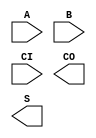
`default_nettype none

(* blackbox *) module gf180mcu_fd_sc_mcu7t5v0__addf_1(input A, B, CI, output CO, S); endmodule
(* blackbox *) module gf180mcu_fd_sc_mcu7t5v0__addf_2(input A, B, CI, output CO, S); endmodule
(* blackbox *) module gf180mcu_fd_sc_mcu7t5v0__addf_4(input A, B, CI, output CO, S); endmodule
(* blackbox *) module gf180mcu_fd_sc_mcu7t5v0__addh_1(input A, B, output CO, S); endmodule
(* blackbox *) module gf180mcu_fd_sc_mcu7t5v0__addh_2(input A, B, output CO, S); endmodule
(* blackbox *) module gf180mcu_fd_sc_mcu7t5v0__addh_4(input A, B, output CO, S); endmodule
(* blackbox *) module gf180mcu_fd_sc_mcu7t5v0__and2_1(input A1, A2, output Z); endmodule
(* blackbox *) module gf180mcu_fd_sc_mcu7t5v0__and2_2(input A1, A2, output Z); endmodule
(* blackbox *) module gf180mcu_fd_sc_mcu7t5v0__and2_4(input A1, A2, output Z); endmodule
(* blackbox *) module gf180mcu_fd_sc_mcu7t5v0__and3_1(input A1, A2, A3, output Z); endmodule
(* blackbox *) module gf180mcu_fd_sc_mcu7t5v0__and3_2(input A1, A2, A3, output Z); endmodule
(* blackbox *) module gf180mcu_fd_sc_mcu7t5v0__and3_4(input A1, A2, A3, output Z); endmodule
(* blackbox *) module gf180mcu_fd_sc_mcu7t5v0__and4_1(input A1, A2, A3, A4, output Z); endmodule
(* blackbox *) module gf180mcu_fd_sc_mcu7t5v0__and4_2(input A1, A2, A3, A4, output Z); endmodule
(* blackbox *) module gf180mcu_fd_sc_mcu7t5v0__and4_4(input A1, A2, A3, A4, output Z); endmodule
(* blackbox *) module gf180mcu_fd_sc_mcu7t5v0__antenna(input I); endmodule
(* blackbox *) module gf180mcu_fd_sc_mcu7t5v0__aoi21_1(input A1, A2, B, output ZN); endmodule
(* blackbox *) module gf180mcu_fd_sc_mcu7t5v0__aoi21_2(input A1, A2, B, output ZN); endmodule
(* blackbox *) module gf180mcu_fd_sc_mcu7t5v0__aoi21_4(input A1, A2, B, output ZN); endmodule
(* blackbox *) module gf180mcu_fd_sc_mcu7t5v0__aoi22_1(input A1, A2, B1, B2, output ZN); endmodule
(* blackbox *) module gf180mcu_fd_sc_mcu7t5v0__aoi22_2(input A1, A2, B1, B2, output ZN); endmodule
(* blackbox *) module gf180mcu_fd_sc_mcu7t5v0__aoi22_4(input A1, A2, B1, B2, output ZN); endmodule
(* blackbox *) module gf180mcu_fd_sc_mcu7t5v0__aoi211_1(input A1, A2, B, C, output ZN); endmodule
(* blackbox *) module gf180mcu_fd_sc_mcu7t5v0__aoi211_2(input A1, A2, B, C, output ZN); endmodule
(* blackbox *) module gf180mcu_fd_sc_mcu7t5v0__aoi211_4(input A1, A2, B, C, output ZN); endmodule
(* blackbox *) module gf180mcu_fd_sc_mcu7t5v0__aoi221_1(input A1, A2, B1, B2, C, output ZN); endmodule
(* blackbox *) module gf180mcu_fd_sc_mcu7t5v0__aoi221_2(input A1, A2, B1, B2, C, output ZN); endmodule
(* blackbox *) module gf180mcu_fd_sc_mcu7t5v0__aoi221_4(input A1, A2, B1, B2, C, output ZN); endmodule
(* blackbox *) module gf180mcu_fd_sc_mcu7t5v0__aoi222_1(input A1, A2, B1, B2, C1, C2, output ZN); endmodule
(* blackbox *) module gf180mcu_fd_sc_mcu7t5v0__aoi222_2(input A1, A2, B1, B2, C1, C2, output ZN); endmodule
(* blackbox *) module gf180mcu_fd_sc_mcu7t5v0__aoi222_4(input A1, A2, B1, B2, C1, C2, output ZN); endmodule
(* blackbox *) module gf180mcu_fd_sc_mcu7t5v0__buf_1(input I, output Z); endmodule
(* blackbox *) module gf180mcu_fd_sc_mcu7t5v0__buf_2(input I, output Z); endmodule
(* blackbox *) module gf180mcu_fd_sc_mcu7t5v0__buf_3(input I, output Z); endmodule
(* blackbox *) module gf180mcu_fd_sc_mcu7t5v0__buf_4(input I, output Z); endmodule
(* blackbox *) module gf180mcu_fd_sc_mcu7t5v0__buf_8(input I, output Z); endmodule
(* blackbox *) module gf180mcu_fd_sc_mcu7t5v0__buf_12(input I, output Z); endmodule
(* blackbox *) module gf180mcu_fd_sc_mcu7t5v0__buf_16(input I, output Z); endmodule
(* blackbox *) module gf180mcu_fd_sc_mcu7t5v0__buf_20(input I, output Z); endmodule
(* blackbox *) module gf180mcu_fd_sc_mcu7t5v0__bufz_1(input EN, I, output Z); endmodule
(* blackbox *) module gf180mcu_fd_sc_mcu7t5v0__bufz_2(input EN, I, output Z); endmodule
(* blackbox *) module gf180mcu_fd_sc_mcu7t5v0__bufz_3(input EN, I, output Z); endmodule
(* blackbox *) module gf180mcu_fd_sc_mcu7t5v0__bufz_4(input EN, I, output Z); endmodule
(* blackbox *) module gf180mcu_fd_sc_mcu7t5v0__bufz_8(input EN, I, output Z); endmodule
(* blackbox *) module gf180mcu_fd_sc_mcu7t5v0__bufz_12(input EN, I, output Z); endmodule
(* blackbox *) module gf180mcu_fd_sc_mcu7t5v0__bufz_16(input EN, I, output Z); endmodule
(* blackbox *) module gf180mcu_fd_sc_mcu7t5v0__clkbuf_1(input I, output Z); endmodule
(* blackbox *) module gf180mcu_fd_sc_mcu7t5v0__clkbuf_2(input I, output Z); endmodule
(* blackbox *) module gf180mcu_fd_sc_mcu7t5v0__clkbuf_3(input I, output Z); endmodule
(* blackbox *) module gf180mcu_fd_sc_mcu7t5v0__clkbuf_4(input I, output Z); endmodule
(* blackbox *) module gf180mcu_fd_sc_mcu7t5v0__clkbuf_8(input I, output Z); endmodule
(* blackbox *) module gf180mcu_fd_sc_mcu7t5v0__clkbuf_12(input I, output Z); endmodule
(* blackbox *) module gf180mcu_fd_sc_mcu7t5v0__clkbuf_16(input I, output Z); endmodule
(* blackbox *) module gf180mcu_fd_sc_mcu7t5v0__clkbuf_20(input I, output Z); endmodule
(* blackbox *) module gf180mcu_fd_sc_mcu7t5v0__clkinv_1(input I, output ZN); endmodule
(* blackbox *) module gf180mcu_fd_sc_mcu7t5v0__clkinv_2(input I, output ZN); endmodule
(* blackbox *) module gf180mcu_fd_sc_mcu7t5v0__clkinv_3(input I, output ZN); endmodule
(* blackbox *) module gf180mcu_fd_sc_mcu7t5v0__clkinv_4(input I, output ZN); endmodule
(* blackbox *) module gf180mcu_fd_sc_mcu7t5v0__clkinv_8(input I, output ZN); endmodule
(* blackbox *) module gf180mcu_fd_sc_mcu7t5v0__clkinv_12(input I, output ZN); endmodule
(* blackbox *) module gf180mcu_fd_sc_mcu7t5v0__clkinv_16(input I, output ZN); endmodule
(* blackbox *) module gf180mcu_fd_sc_mcu7t5v0__clkinv_20(input I, output ZN); endmodule
(* blackbox *) module gf180mcu_fd_sc_mcu7t5v0__dffnq_1(input CLKN, D, output Q); endmodule
(* blackbox *) module gf180mcu_fd_sc_mcu7t5v0__dffnq_2(input CLKN, D, output Q); endmodule
(* blackbox *) module gf180mcu_fd_sc_mcu7t5v0__dffnq_4(input CLKN, D, output Q); endmodule
(* blackbox *) module gf180mcu_fd_sc_mcu7t5v0__dffnrnq_1(input CLKN, D, RN, output Q); endmodule
(* blackbox *) module gf180mcu_fd_sc_mcu7t5v0__dffnrnq_2(input CLKN, D, RN, output Q); endmodule
(* blackbox *) module gf180mcu_fd_sc_mcu7t5v0__dffnrnq_4(input CLKN, D, RN, output Q); endmodule
(* blackbox *) module gf180mcu_fd_sc_mcu7t5v0__dffnrsnq_1(input CLKN, D, RN, SETN, output Q); endmodule
(* blackbox *) module gf180mcu_fd_sc_mcu7t5v0__dffnrsnq_2(input CLKN, D, RN, SETN, output Q); endmodule
(* blackbox *) module gf180mcu_fd_sc_mcu7t5v0__dffnrsnq_4(input CLKN, D, RN, SETN, output Q); endmodule
(* blackbox *) module gf180mcu_fd_sc_mcu7t5v0__dffnsnq_1(input CLKN, D, SETN, output Q); endmodule
(* blackbox *) module gf180mcu_fd_sc_mcu7t5v0__dffnsnq_2(input CLKN, D, SETN, output Q); endmodule
(* blackbox *) module gf180mcu_fd_sc_mcu7t5v0__dffnsnq_4(input CLKN, D, SETN, output Q); endmodule
(* blackbox *) module gf180mcu_fd_sc_mcu7t5v0__dffq_1(input CLK, D, output Q); endmodule
(* blackbox *) module gf180mcu_fd_sc_mcu7t5v0__dffq_2(input CLK, D, output Q); endmodule
(* blackbox *) module gf180mcu_fd_sc_mcu7t5v0__dffq_4(input CLK, D, output Q); endmodule
(* blackbox *) module gf180mcu_fd_sc_mcu7t5v0__dffrnq_1(input CLK, D, RN, output Q); endmodule
(* blackbox *) module gf180mcu_fd_sc_mcu7t5v0__dffrnq_2(input CLK, D, RN, output Q); endmodule
(* blackbox *) module gf180mcu_fd_sc_mcu7t5v0__dffrnq_4(input CLK, D, RN, output Q); endmodule
(* blackbox *) module gf180mcu_fd_sc_mcu7t5v0__dffrsnq_1(input CLK, D, RN, SETN, output Q); endmodule
(* blackbox *) module gf180mcu_fd_sc_mcu7t5v0__dffrsnq_2(input CLK, D, RN, SETN, output Q); endmodule
(* blackbox *) module gf180mcu_fd_sc_mcu7t5v0__dffrsnq_4(input CLK, D, RN, SETN, output Q); endmodule
(* blackbox *) module gf180mcu_fd_sc_mcu7t5v0__dffsnq_1(input CLK, D, SETN, output Q); endmodule
(* blackbox *) module gf180mcu_fd_sc_mcu7t5v0__dffsnq_2(input CLK, D, SETN, output Q); endmodule
(* blackbox *) module gf180mcu_fd_sc_mcu7t5v0__dffsnq_4(input CLK, D, SETN, output Q); endmodule
(* blackbox *) module gf180mcu_fd_sc_mcu7t5v0__dlya_1(input I, output Z); endmodule
(* blackbox *) module gf180mcu_fd_sc_mcu7t5v0__dlya_2(input I, output Z); endmodule
(* blackbox *) module gf180mcu_fd_sc_mcu7t5v0__dlya_4(input I, output Z); endmodule
(* blackbox *) module gf180mcu_fd_sc_mcu7t5v0__dlyb_1(input I, output Z); endmodule
(* blackbox *) module gf180mcu_fd_sc_mcu7t5v0__dlyb_2(input I, output Z); endmodule
(* blackbox *) module gf180mcu_fd_sc_mcu7t5v0__dlyb_4(input I, output Z); endmodule
(* blackbox *) module gf180mcu_fd_sc_mcu7t5v0__dlyc_1(input I, output Z); endmodule
(* blackbox *) module gf180mcu_fd_sc_mcu7t5v0__dlyc_2(input I, output Z); endmodule
(* blackbox *) module gf180mcu_fd_sc_mcu7t5v0__dlyc_4(input I, output Z); endmodule
(* blackbox *) module gf180mcu_fd_sc_mcu7t5v0__dlyd_1(input I, output Z); endmodule
(* blackbox *) module gf180mcu_fd_sc_mcu7t5v0__dlyd_2(input I, output Z); endmodule
(* blackbox *) module gf180mcu_fd_sc_mcu7t5v0__dlyd_4(input I, output Z); endmodule
(* blackbox *) module gf180mcu_fd_sc_mcu7t5v0__endcap(); endmodule
(* blackbox *) module gf180mcu_fd_sc_mcu7t5v0__fill_1(); endmodule
(* blackbox *) module gf180mcu_fd_sc_mcu7t5v0__fill_2(); endmodule
(* blackbox *) module gf180mcu_fd_sc_mcu7t5v0__fill_4(); endmodule
(* blackbox *) module gf180mcu_fd_sc_mcu7t5v0__fill_8(); endmodule
(* blackbox *) module gf180mcu_fd_sc_mcu7t5v0__fill_16(); endmodule
(* blackbox *) module gf180mcu_fd_sc_mcu7t5v0__fill_32(); endmodule
(* blackbox *) module gf180mcu_fd_sc_mcu7t5v0__fill_64(); endmodule
(* blackbox *) module gf180mcu_fd_sc_mcu7t5v0__fillcap_4(); endmodule
(* blackbox *) module gf180mcu_fd_sc_mcu7t5v0__fillcap_8(); endmodule
(* blackbox *) module gf180mcu_fd_sc_mcu7t5v0__fillcap_16(); endmodule
(* blackbox *) module gf180mcu_fd_sc_mcu7t5v0__fillcap_32(); endmodule
(* blackbox *) module gf180mcu_fd_sc_mcu7t5v0__fillcap_64(); endmodule
(* blackbox *) module gf180mcu_fd_sc_mcu7t5v0__filltie(); endmodule
(* blackbox *) module gf180mcu_fd_sc_mcu7t5v0__hold(inout Z); endmodule
(* blackbox *) module gf180mcu_fd_sc_mcu7t5v0__icgtn_1(input CLKN, E, TE, output Q); endmodule
(* blackbox *) module gf180mcu_fd_sc_mcu7t5v0__icgtn_2(input CLKN, E, TE, output Q); endmodule
(* blackbox *) module gf180mcu_fd_sc_mcu7t5v0__icgtn_4(input CLKN, E, TE, output Q); endmodule
(* blackbox *) module gf180mcu_fd_sc_mcu7t5v0__icgtp_1(input CLK, E, TE, output Q); endmodule
(* blackbox *) module gf180mcu_fd_sc_mcu7t5v0__icgtp_2(input CLK, E, TE, output Q); endmodule
(* blackbox *) module gf180mcu_fd_sc_mcu7t5v0__icgtp_4(input CLK, E, TE, output Q); endmodule
(* blackbox *) module gf180mcu_fd_sc_mcu7t5v0__inv_1(input I, output ZN); endmodule
(* blackbox *) module gf180mcu_fd_sc_mcu7t5v0__inv_2(input I, output ZN); endmodule
(* blackbox *) module gf180mcu_fd_sc_mcu7t5v0__inv_3(input I, output ZN); endmodule
(* blackbox *) module gf180mcu_fd_sc_mcu7t5v0__inv_4(input I, output ZN); endmodule
(* blackbox *) module gf180mcu_fd_sc_mcu7t5v0__inv_8(input I, output ZN); endmodule
(* blackbox *) module gf180mcu_fd_sc_mcu7t5v0__inv_12(input I, output ZN); endmodule
(* blackbox *) module gf180mcu_fd_sc_mcu7t5v0__inv_16(input I, output ZN); endmodule
(* blackbox *) module gf180mcu_fd_sc_mcu7t5v0__inv_20(input I, output ZN); endmodule
(* blackbox *) module gf180mcu_fd_sc_mcu7t5v0__invz_1(input EN, I, output ZN); endmodule
(* blackbox *) module gf180mcu_fd_sc_mcu7t5v0__invz_2(input EN, I, output ZN); endmodule
(* blackbox *) module gf180mcu_fd_sc_mcu7t5v0__invz_3(input EN, I, output ZN); endmodule
(* blackbox *) module gf180mcu_fd_sc_mcu7t5v0__invz_4(input EN, I, output ZN); endmodule
(* blackbox *) module gf180mcu_fd_sc_mcu7t5v0__invz_8(input EN, I, output ZN); endmodule
(* blackbox *) module gf180mcu_fd_sc_mcu7t5v0__invz_12(input EN, I, output ZN); endmodule
(* blackbox *) module gf180mcu_fd_sc_mcu7t5v0__invz_16(input EN, I, output ZN); endmodule
(* blackbox *) module gf180mcu_fd_sc_mcu7t5v0__latq_1(input D, E, output Q); endmodule
(* blackbox *) module gf180mcu_fd_sc_mcu7t5v0__latq_2(input D, E, output Q); endmodule
(* blackbox *) module gf180mcu_fd_sc_mcu7t5v0__latq_4(input D, E, output Q); endmodule
(* blackbox *) module gf180mcu_fd_sc_mcu7t5v0__latrnq_1(input D, E, RN, output Q); endmodule
(* blackbox *) module gf180mcu_fd_sc_mcu7t5v0__latrnq_2(input D, E, RN, output Q); endmodule
(* blackbox *) module gf180mcu_fd_sc_mcu7t5v0__latrnq_4(input D, E, RN, output Q); endmodule
(* blackbox *) module gf180mcu_fd_sc_mcu7t5v0__latrsnq_1(input D, E, RN, SETN, output Q); endmodule
(* blackbox *) module gf180mcu_fd_sc_mcu7t5v0__latrsnq_2(input D, E, RN, SETN, output Q); endmodule
(* blackbox *) module gf180mcu_fd_sc_mcu7t5v0__latrsnq_4(input D, E, RN, SETN, output Q); endmodule
(* blackbox *) module gf180mcu_fd_sc_mcu7t5v0__latsnq_1(input D, E, SETN, output Q); endmodule
(* blackbox *) module gf180mcu_fd_sc_mcu7t5v0__latsnq_2(input D, E, SETN, output Q); endmodule
(* blackbox *) module gf180mcu_fd_sc_mcu7t5v0__latsnq_4(input D, E, SETN, output Q); endmodule
(* blackbox *) module gf180mcu_fd_sc_mcu7t5v0__mux2_1(input I0, I1, S, output Z); endmodule
(* blackbox *) module gf180mcu_fd_sc_mcu7t5v0__mux2_2(input I0, I1, S, output Z); endmodule
(* blackbox *) module gf180mcu_fd_sc_mcu7t5v0__mux2_4(input I0, I1, S, output Z); endmodule
(* blackbox *) module gf180mcu_fd_sc_mcu7t5v0__mux4_1(input I0, I1, I2, I3, S0, S1, output Z); endmodule
(* blackbox *) module gf180mcu_fd_sc_mcu7t5v0__mux4_2(input I0, I1, I2, I3, S0, S1, output Z); endmodule
(* blackbox *) module gf180mcu_fd_sc_mcu7t5v0__mux4_4(input I0, I1, I2, I3, S0, S1, output Z); endmodule
(* blackbox *) module gf180mcu_fd_sc_mcu7t5v0__nand2_1(input A1, A2, output ZN); endmodule
(* blackbox *) module gf180mcu_fd_sc_mcu7t5v0__nand2_2(input A1, A2, output ZN); endmodule
(* blackbox *) module gf180mcu_fd_sc_mcu7t5v0__nand2_4(input A1, A2, output ZN); endmodule
(* blackbox *) module gf180mcu_fd_sc_mcu7t5v0__nand3_1(input A1, A2, A3, output ZN); endmodule
(* blackbox *) module gf180mcu_fd_sc_mcu7t5v0__nand3_2(input A1, A2, A3, output ZN); endmodule
(* blackbox *) module gf180mcu_fd_sc_mcu7t5v0__nand3_4(input A1, A2, A3, output ZN); endmodule
(* blackbox *) module gf180mcu_fd_sc_mcu7t5v0__nand4_1(input A1, A2, A3, A4, output ZN); endmodule
(* blackbox *) module gf180mcu_fd_sc_mcu7t5v0__nand4_2(input A1, A2, A3, A4, output ZN); endmodule
(* blackbox *) module gf180mcu_fd_sc_mcu7t5v0__nand4_4(input A1, A2, A3, A4, output ZN); endmodule
(* blackbox *) module gf180mcu_fd_sc_mcu7t5v0__nor2_1(input A1, A2, output ZN); endmodule
(* blackbox *) module gf180mcu_fd_sc_mcu7t5v0__nor2_2(input A1, A2, output ZN); endmodule
(* blackbox *) module gf180mcu_fd_sc_mcu7t5v0__nor2_4(input A1, A2, output ZN); endmodule
(* blackbox *) module gf180mcu_fd_sc_mcu7t5v0__nor3_1(input A1, A2, A3, output ZN); endmodule
(* blackbox *) module gf180mcu_fd_sc_mcu7t5v0__nor3_2(input A1, A2, A3, output ZN); endmodule
(* blackbox *) module gf180mcu_fd_sc_mcu7t5v0__nor3_4(input A1, A2, A3, output ZN); endmodule
(* blackbox *) module gf180mcu_fd_sc_mcu7t5v0__nor4_1(input A1, A2, A3, A4, output ZN); endmodule
(* blackbox *) module gf180mcu_fd_sc_mcu7t5v0__nor4_2(input A1, A2, A3, A4, output ZN); endmodule
(* blackbox *) module gf180mcu_fd_sc_mcu7t5v0__nor4_4(input A1, A2, A3, A4, output ZN); endmodule
(* blackbox *) module gf180mcu_fd_sc_mcu7t5v0__oai21_1(input A1, A2, B, output ZN); endmodule
(* blackbox *) module gf180mcu_fd_sc_mcu7t5v0__oai21_2(input A1, A2, B, output ZN); endmodule
(* blackbox *) module gf180mcu_fd_sc_mcu7t5v0__oai21_4(input A1, A2, B, output ZN); endmodule
(* blackbox *) module gf180mcu_fd_sc_mcu7t5v0__oai22_1(input A1, A2, B1, B2, output ZN); endmodule
(* blackbox *) module gf180mcu_fd_sc_mcu7t5v0__oai22_2(input A1, A2, B1, B2, output ZN); endmodule
(* blackbox *) module gf180mcu_fd_sc_mcu7t5v0__oai22_4(input A1, A2, B1, B2, output ZN); endmodule
(* blackbox *) module gf180mcu_fd_sc_mcu7t5v0__oai31_1(input A1, A2, A3, B, output ZN); endmodule
(* blackbox *) module gf180mcu_fd_sc_mcu7t5v0__oai31_2(input A1, A2, A3, B, output ZN); endmodule
(* blackbox *) module gf180mcu_fd_sc_mcu7t5v0__oai31_4(input A1, A2, A3, B, output ZN); endmodule
(* blackbox *) module gf180mcu_fd_sc_mcu7t5v0__oai32_1(input A1, A2, A3, B1, B2, output ZN); endmodule
(* blackbox *) module gf180mcu_fd_sc_mcu7t5v0__oai32_2(input A1, A2, A3, B1, B2, output ZN); endmodule
(* blackbox *) module gf180mcu_fd_sc_mcu7t5v0__oai32_4(input A1, A2, A3, B1, B2, output ZN); endmodule
(* blackbox *) module gf180mcu_fd_sc_mcu7t5v0__oai33_1(input A1, A2, A3, B1, B2, B3, output ZN); endmodule
(* blackbox *) module gf180mcu_fd_sc_mcu7t5v0__oai33_2(input A1, A2, A3, B1, B2, B3, output ZN); endmodule
(* blackbox *) module gf180mcu_fd_sc_mcu7t5v0__oai33_4(input A1, A2, A3, B1, B2, B3, output ZN); endmodule
(* blackbox *) module gf180mcu_fd_sc_mcu7t5v0__oai211_1(input A1, A2, B, C, output ZN); endmodule
(* blackbox *) module gf180mcu_fd_sc_mcu7t5v0__oai211_2(input A1, A2, B, C, output ZN); endmodule
(* blackbox *) module gf180mcu_fd_sc_mcu7t5v0__oai211_4(input A1, A2, B, C, output ZN); endmodule
(* blackbox *) module gf180mcu_fd_sc_mcu7t5v0__oai221_1(input A1, A2, B1, B2, C, output ZN); endmodule
(* blackbox *) module gf180mcu_fd_sc_mcu7t5v0__oai221_2(input A1, A2, B1, B2, C, output ZN); endmodule
(* blackbox *) module gf180mcu_fd_sc_mcu7t5v0__oai221_4(input A1, A2, B1, B2, C, output ZN); endmodule
(* blackbox *) module gf180mcu_fd_sc_mcu7t5v0__oai222_1(input A1, A2, B1, B2, C1, C2, output ZN); endmodule
(* blackbox *) module gf180mcu_fd_sc_mcu7t5v0__oai222_2(input A1, A2, B1, B2, C1, C2, output ZN); endmodule
(* blackbox *) module gf180mcu_fd_sc_mcu7t5v0__oai222_4(input A1, A2, B1, B2, C1, C2, output ZN); endmodule
(* blackbox *) module gf180mcu_fd_sc_mcu7t5v0__or2_1(input A1, A2, output Z); endmodule
(* blackbox *) module gf180mcu_fd_sc_mcu7t5v0__or2_2(input A1, A2, output Z); endmodule
(* blackbox *) module gf180mcu_fd_sc_mcu7t5v0__or2_4(input A1, A2, output Z); endmodule
(* blackbox *) module gf180mcu_fd_sc_mcu7t5v0__or3_1(input A1, A2, A3, output Z); endmodule
(* blackbox *) module gf180mcu_fd_sc_mcu7t5v0__or3_2(input A1, A2, A3, output Z); endmodule
(* blackbox *) module gf180mcu_fd_sc_mcu7t5v0__or3_4(input A1, A2, A3, output Z); endmodule
(* blackbox *) module gf180mcu_fd_sc_mcu7t5v0__or4_1(input A1, A2, A3, A4, output Z); endmodule
(* blackbox *) module gf180mcu_fd_sc_mcu7t5v0__or4_2(input A1, A2, A3, A4, output Z); endmodule
(* blackbox *) module gf180mcu_fd_sc_mcu7t5v0__or4_4(input A1, A2, A3, A4, output Z); endmodule
(* blackbox *) module gf180mcu_fd_sc_mcu7t5v0__sdffq_1(input CLK, D, SE, SI, output Q); endmodule
(* blackbox *) module gf180mcu_fd_sc_mcu7t5v0__sdffq_2(input CLK, D, SE, SI, output Q); endmodule
(* blackbox *) module gf180mcu_fd_sc_mcu7t5v0__sdffq_4(input CLK, D, SE, SI, output Q); endmodule
(* blackbox *) module gf180mcu_fd_sc_mcu7t5v0__sdffrnq_1(input CLK, D, RN, SE, SI, output Q); endmodule
(* blackbox *) module gf180mcu_fd_sc_mcu7t5v0__sdffrnq_2(input CLK, D, RN, SE, SI, output Q); endmodule
(* blackbox *) module gf180mcu_fd_sc_mcu7t5v0__sdffrnq_4(input CLK, D, RN, SE, SI, output Q); endmodule
(* blackbox *) module gf180mcu_fd_sc_mcu7t5v0__sdffrsnq_1(input CLK, D, RN, SE, SETN, SI, output Q); endmodule
(* blackbox *) module gf180mcu_fd_sc_mcu7t5v0__sdffrsnq_2(input CLK, D, RN, SE, SETN, SI, output Q); endmodule
(* blackbox *) module gf180mcu_fd_sc_mcu7t5v0__sdffrsnq_4(input CLK, D, RN, SE, SETN, SI, output Q); endmodule
(* blackbox *) module gf180mcu_fd_sc_mcu7t5v0__sdffsnq_1(input CLK, D, SE, SETN, SI, output Q); endmodule
(* blackbox *) module gf180mcu_fd_sc_mcu7t5v0__sdffsnq_2(input CLK, D, SE, SETN, SI, output Q); endmodule
(* blackbox *) module gf180mcu_fd_sc_mcu7t5v0__sdffsnq_4(input CLK, D, SE, SETN, SI, output Q); endmodule
(* blackbox *) module gf180mcu_fd_sc_mcu7t5v0__tieh(output Z); endmodule
(* blackbox *) module gf180mcu_fd_sc_mcu7t5v0__tiel(output ZN); endmodule
(* blackbox *) module gf180mcu_fd_sc_mcu7t5v0__xnor2_1(input A1, A2, output ZN); endmodule
(* blackbox *) module gf180mcu_fd_sc_mcu7t5v0__xnor2_2(input A1, A2, output ZN); endmodule
(* blackbox *) module gf180mcu_fd_sc_mcu7t5v0__xnor2_4(input A1, A2, output ZN); endmodule
(* blackbox *) module gf180mcu_fd_sc_mcu7t5v0__xnor3_1(input A1, A2, A3, output ZN); endmodule
(* blackbox *) module gf180mcu_fd_sc_mcu7t5v0__xnor3_2(input A1, A2, A3, output ZN); endmodule
(* blackbox *) module gf180mcu_fd_sc_mcu7t5v0__xnor3_4(input A1, A2, A3, output ZN); endmodule
(* blackbox *) module gf180mcu_fd_sc_mcu7t5v0__xor2_1(input A1, A2, output Z); endmodule
(* blackbox *) module gf180mcu_fd_sc_mcu7t5v0__xor2_2(input A1, A2, output Z); endmodule
(* blackbox *) module gf180mcu_fd_sc_mcu7t5v0__xor2_4(input A1, A2, output Z); endmodule
(* blackbox *) module gf180mcu_fd_sc_mcu7t5v0__xor3_1(input A1, A2, A3, output Z); endmodule
(* blackbox *) module gf180mcu_fd_sc_mcu7t5v0__xor3_2(input A1, A2, A3, output Z); endmodule
(* blackbox *) module gf180mcu_fd_sc_mcu7t5v0__xor3_4(input A1, A2, A3, output Z); endmodule